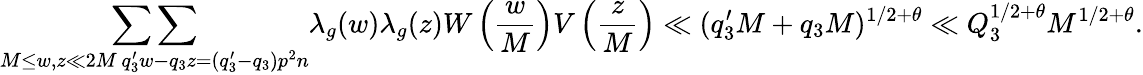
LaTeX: \mathop{\sum\sum}_{\substack{M\leq w,z\ll 2M\, q_{3}^{\prime}w-q_{3}z=(q_{3}^{\prime}-q_{3})p^{2}n}}\lambda_{g}(w)\lambda_{g}(z)W\left(\frac{w}{M}\right)V\left(\frac{z}{M}\right)\ll(q_{3}^{\prime}M+q_{3}M)^{1/2+\theta}\ll Q_{3}^{1/2+\theta}M^{1/2+\theta}.